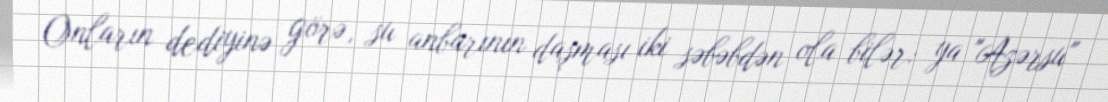
Onların dediyinə görə, su anbarının daşması iki səbəbdən ola bilər: ya "Azərsu"